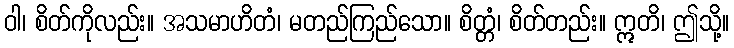
ဝါ၊ စိတ်ကိုလည်း။ အသမာဟိတံ၊ မတည်ကြည်သော။ စိတ္တံ၊ စိတ်တည်း။ ဣတိ၊ ဤသို့။